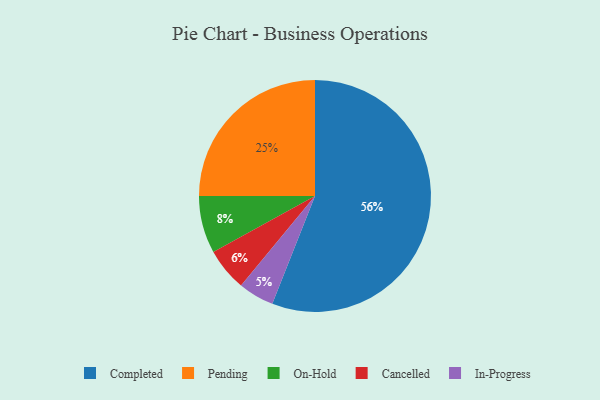
{"axis": {"x": "Category", "y": "Percentage"}, "legend": ["Cancelled", "Completed", "In-Progress", "On-Hold", "Pending"], "data": [{"x": "In-Progress", "y": 5, "type": "In-Progress"}, {"x": "On-Hold", "y": 8, "type": "On-Hold"}, {"x": "Completed", "y": 56, "type": "Completed"}, {"x": "Pending", "y": 25, "type": "Pending"}, {"x": "Cancelled", "y": 6, "type": "Cancelled"}]}